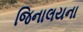
જિનાલયના